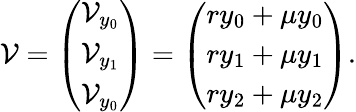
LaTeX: \mathcal{V}=\left(\begin{array}{l}{\mathcal{V}_{y_{0}}}\\ {\mathcal{V}_{y_{1}}}\\ {\mathcal{V}_{y_{0}}}\end{array}\right)=\left(\begin{array}{l}{ry_{0}+\mu y_{0}}\\ {ry_{1}+\mu y_{1}}\\ {ry_{2}+\mu y_{2}}\end{array}\right).